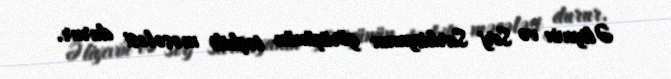
Əliyevin və Serj Sarkisyanın görüşünün təşkili məsələsi durur.